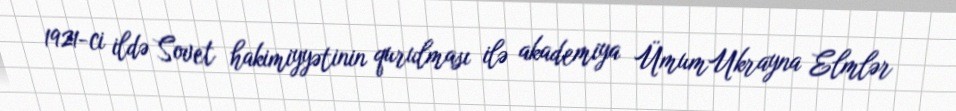
1921-ci ildə Sovet hakimiyyətinin qurulması ilə akademiya ÜmumUkrayna Elmlər